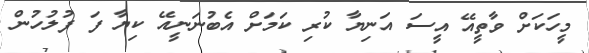
މީހަކަށް ވާތީއޭ އީސަ އަނިޔާ ކުރި ކަމަށް އެބުނަނީއޭ ކިޔާ ފަ ފުލުހުން